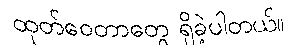
ထုတ်ဝေတာတွေ ရှိခဲ့ပါတယ်။